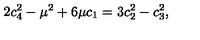
2 c _ { 4 } ^ { 2 } - \mu ^ { 2 } + 6 \mu c _ { 1 } = 3 c _ { 2 } ^ { 2 } - c _ { 3 } ^ { 2 } ,